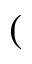
(